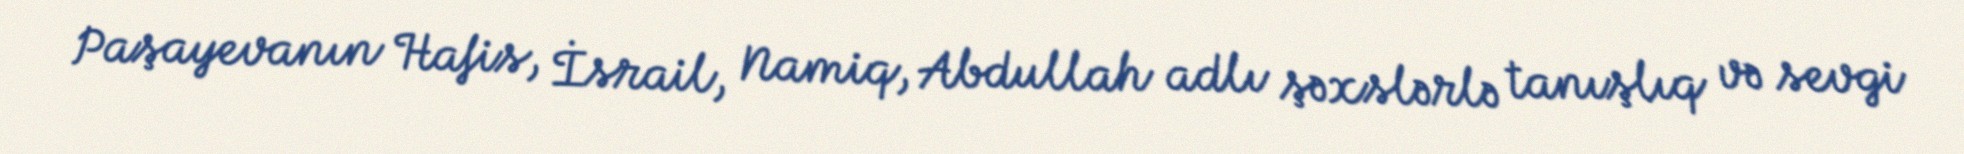
Paşayevanın Hafis, İsrail, Namiq, Abdullah adlı şəxslərlə tanışlıq və sevgi